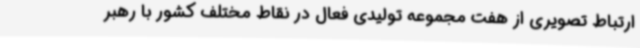
ارتباط تصویری از هفت مجموعه تولیدی فعال در نقاط مختلف کشور با رهبر